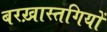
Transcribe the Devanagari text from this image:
बरख़ास्तगियों